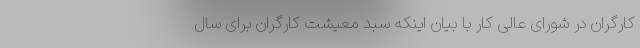
کارگران در شورای عالی کار با بیان اینکه سبد معیشت کارگران برای سال